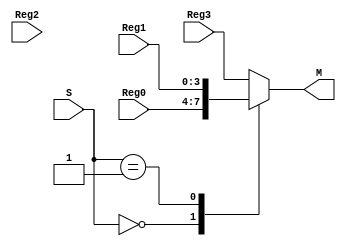
module MUX_4(S, Reg0, Reg1, Reg2, Reg3, M);
  parameter size = 4;
  input [size-1:0] Reg0, Reg1, Reg2, Reg3;
  input [1:0] S;
  output reg [size-1:0] M;
  
  always @(Reg0 or Reg1 or Reg2 or Reg3 or S)
    begin
     case(S)
        00: M <= Reg0;
        01: M <= Reg1;
        10: M <= Reg2;
        default: M <= Reg3;
      endcase
    end
endmodule